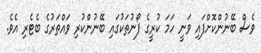
ވެސް ބޭނުންކޮށްފައި ވަނީ ހަމަ ކުރީގެ ފޯނުތަކުގައި ބޭނުންކުރި ވައްތަރުގެ ބެޓެރި އެވެ.